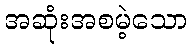
အဆုံးအစမဲ့သော